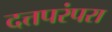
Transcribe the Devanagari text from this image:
दत्तपरंपरा